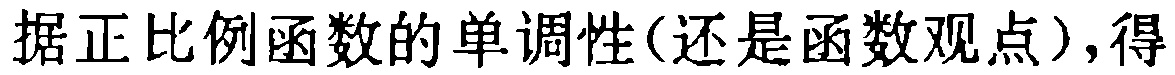
据正比例函数的单调性(还是函数观点),得